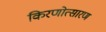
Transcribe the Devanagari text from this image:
किरणोत्सारण